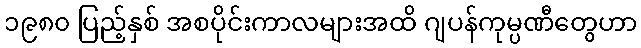
၁၉၈၀ ပြည့်နှစ် အစပိုင်းကာလများအထိ ဂျပန်ကုမ္ပဏီတွေဟာ